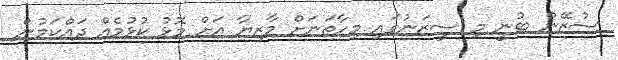
ސުޒޭން ބުނީ މި ސީޒަނުގައި މިހާތަނަށް މާޒިޔާ އަށް މޮޅު ކުޅުމެއް ދައްކަމުން